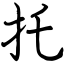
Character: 托